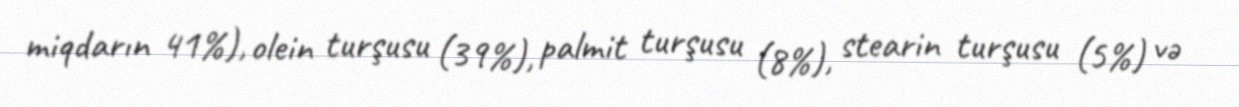
miqdarın 41%), olein turşusu (39%), palmit turşusu (8%), stearin turşusu (5%) və